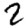
Digit: 2